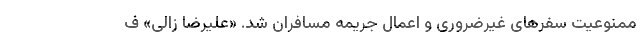
ممنوعیت سفرهای غیرضروری و اعمال جریمه مسافران شد. «علیرضا زالی» ف